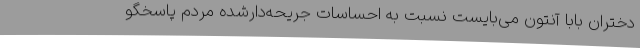
دختران بابا آنتون می‌بایست نسبت به احساسات جریحه‌دارشده مردم پاسخگو